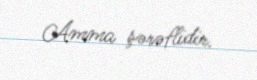
Amma şərəflidir.